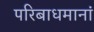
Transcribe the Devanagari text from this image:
परिबाधमानां